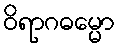
ဝိရာဂဓမ္မော